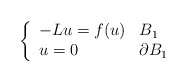
\begin{align*}\left\{\begin{array}{ll}-L u = f(u) & B_1 \\u = 0 & \partial B_1\end{array}\right.\end{align*}